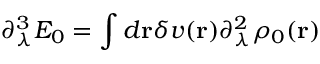
\partial _ { \lambda } ^ { 3 } E _ { 0 } = \int d { \bf r } \delta v ( { \bf r } ) \partial _ { \lambda } ^ { 2 } \rho _ { 0 } ( { \bf r } )